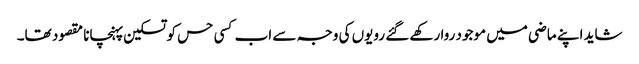
شاید اپنے ماضی میں موجود روا رکھے گئے رویوں کی وجہ سے اب کسی حس کو تسکین پہنچانا مقصود تھا۔